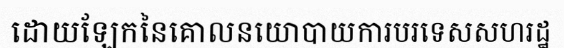
ដោយឡែកនៃគោលនយោបាយការបរទេសសហរដ្ឋ